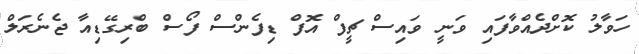
ހަވާލު ކޮށްދެއްވާފައި ވަނީ ވައިސް ޗީފް އޮފް ޑިފެންސް ފޯސް ބްރިގޭޑިއާ ޖެނެރަލް